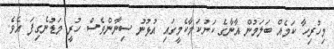
މިހުރިހާ ކަމެއް ބަލަމުން އާނާގެ ކަށުކަމާކެމީގައި އުޅުނު ސިނާންވެސް ހުރީ މަޑުނެގިފަ އެވެ.